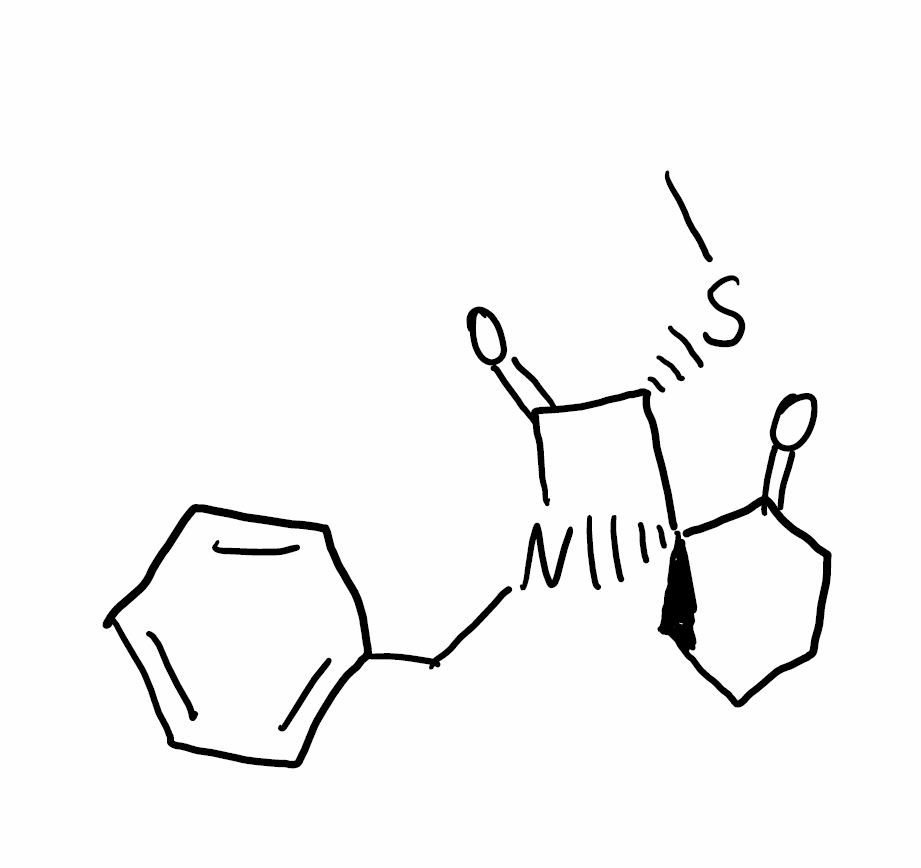
Simplified molecular-input line-entry system (SMILES) notation of the given molecule:
CS[C@H]1C(=O)N([C@]12CCCCC2=O)CC3=CC=CC=C3